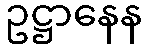
ဥဋ္ဌာနေန